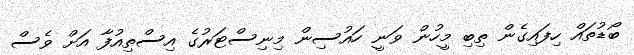
ބޯޑުތައް ހިފައިގެން ތިބި މީހުން ވަނީ ހައުސިން މިނިސްޓަރުގެ އިސްތިއުފާ އަށް ވެސް